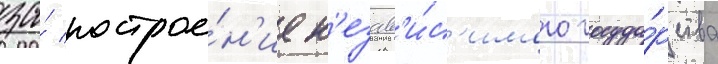
за́ построе́н'ие н'езав'и́с'имого госуда́рства